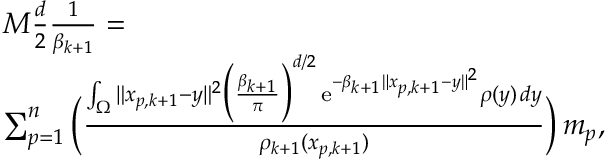
\begin{array} { r l } & { M \frac { d } { 2 } \frac { 1 } { \beta _ { k + 1 } } = } \\ & { \sum _ { p = 1 } ^ { n } \Big ( \frac { \int _ { \Omega } \| x _ { p , k + 1 } - y \| ^ { 2 } \Big ( \frac { \beta _ { k + 1 } } { \pi } \Big ) ^ { d / 2 } \, \mathrm { e } ^ { - \beta _ { k + 1 } \| x _ { p , k + 1 } - y \| ^ { 2 } } \rho ( y ) \, d y } { \rho _ { k + 1 } ( x _ { p , k + 1 } ) } \Big ) \, m _ { p } , } \end{array}